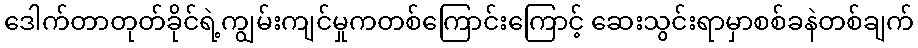
ဒေါက်တာတုတ်ခိုင်ရဲ့ကျွမ်းကျင်မှုကတစ်ကြောင်းကြောင့် ဆေးသွင်းရာမှာစစ်ခနဲတစ်ချက်